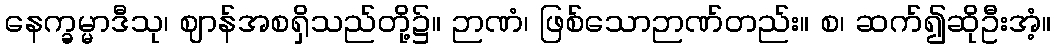
နေက္ခမ္မာဒီသု၊ ဈာန်အစရှိသည်တို့၌။ ဉာဏံ၊ ဖြစ်သောဉာဏ်တည်း။ စ၊ ဆက်၍ဆိုဦးအံ့။